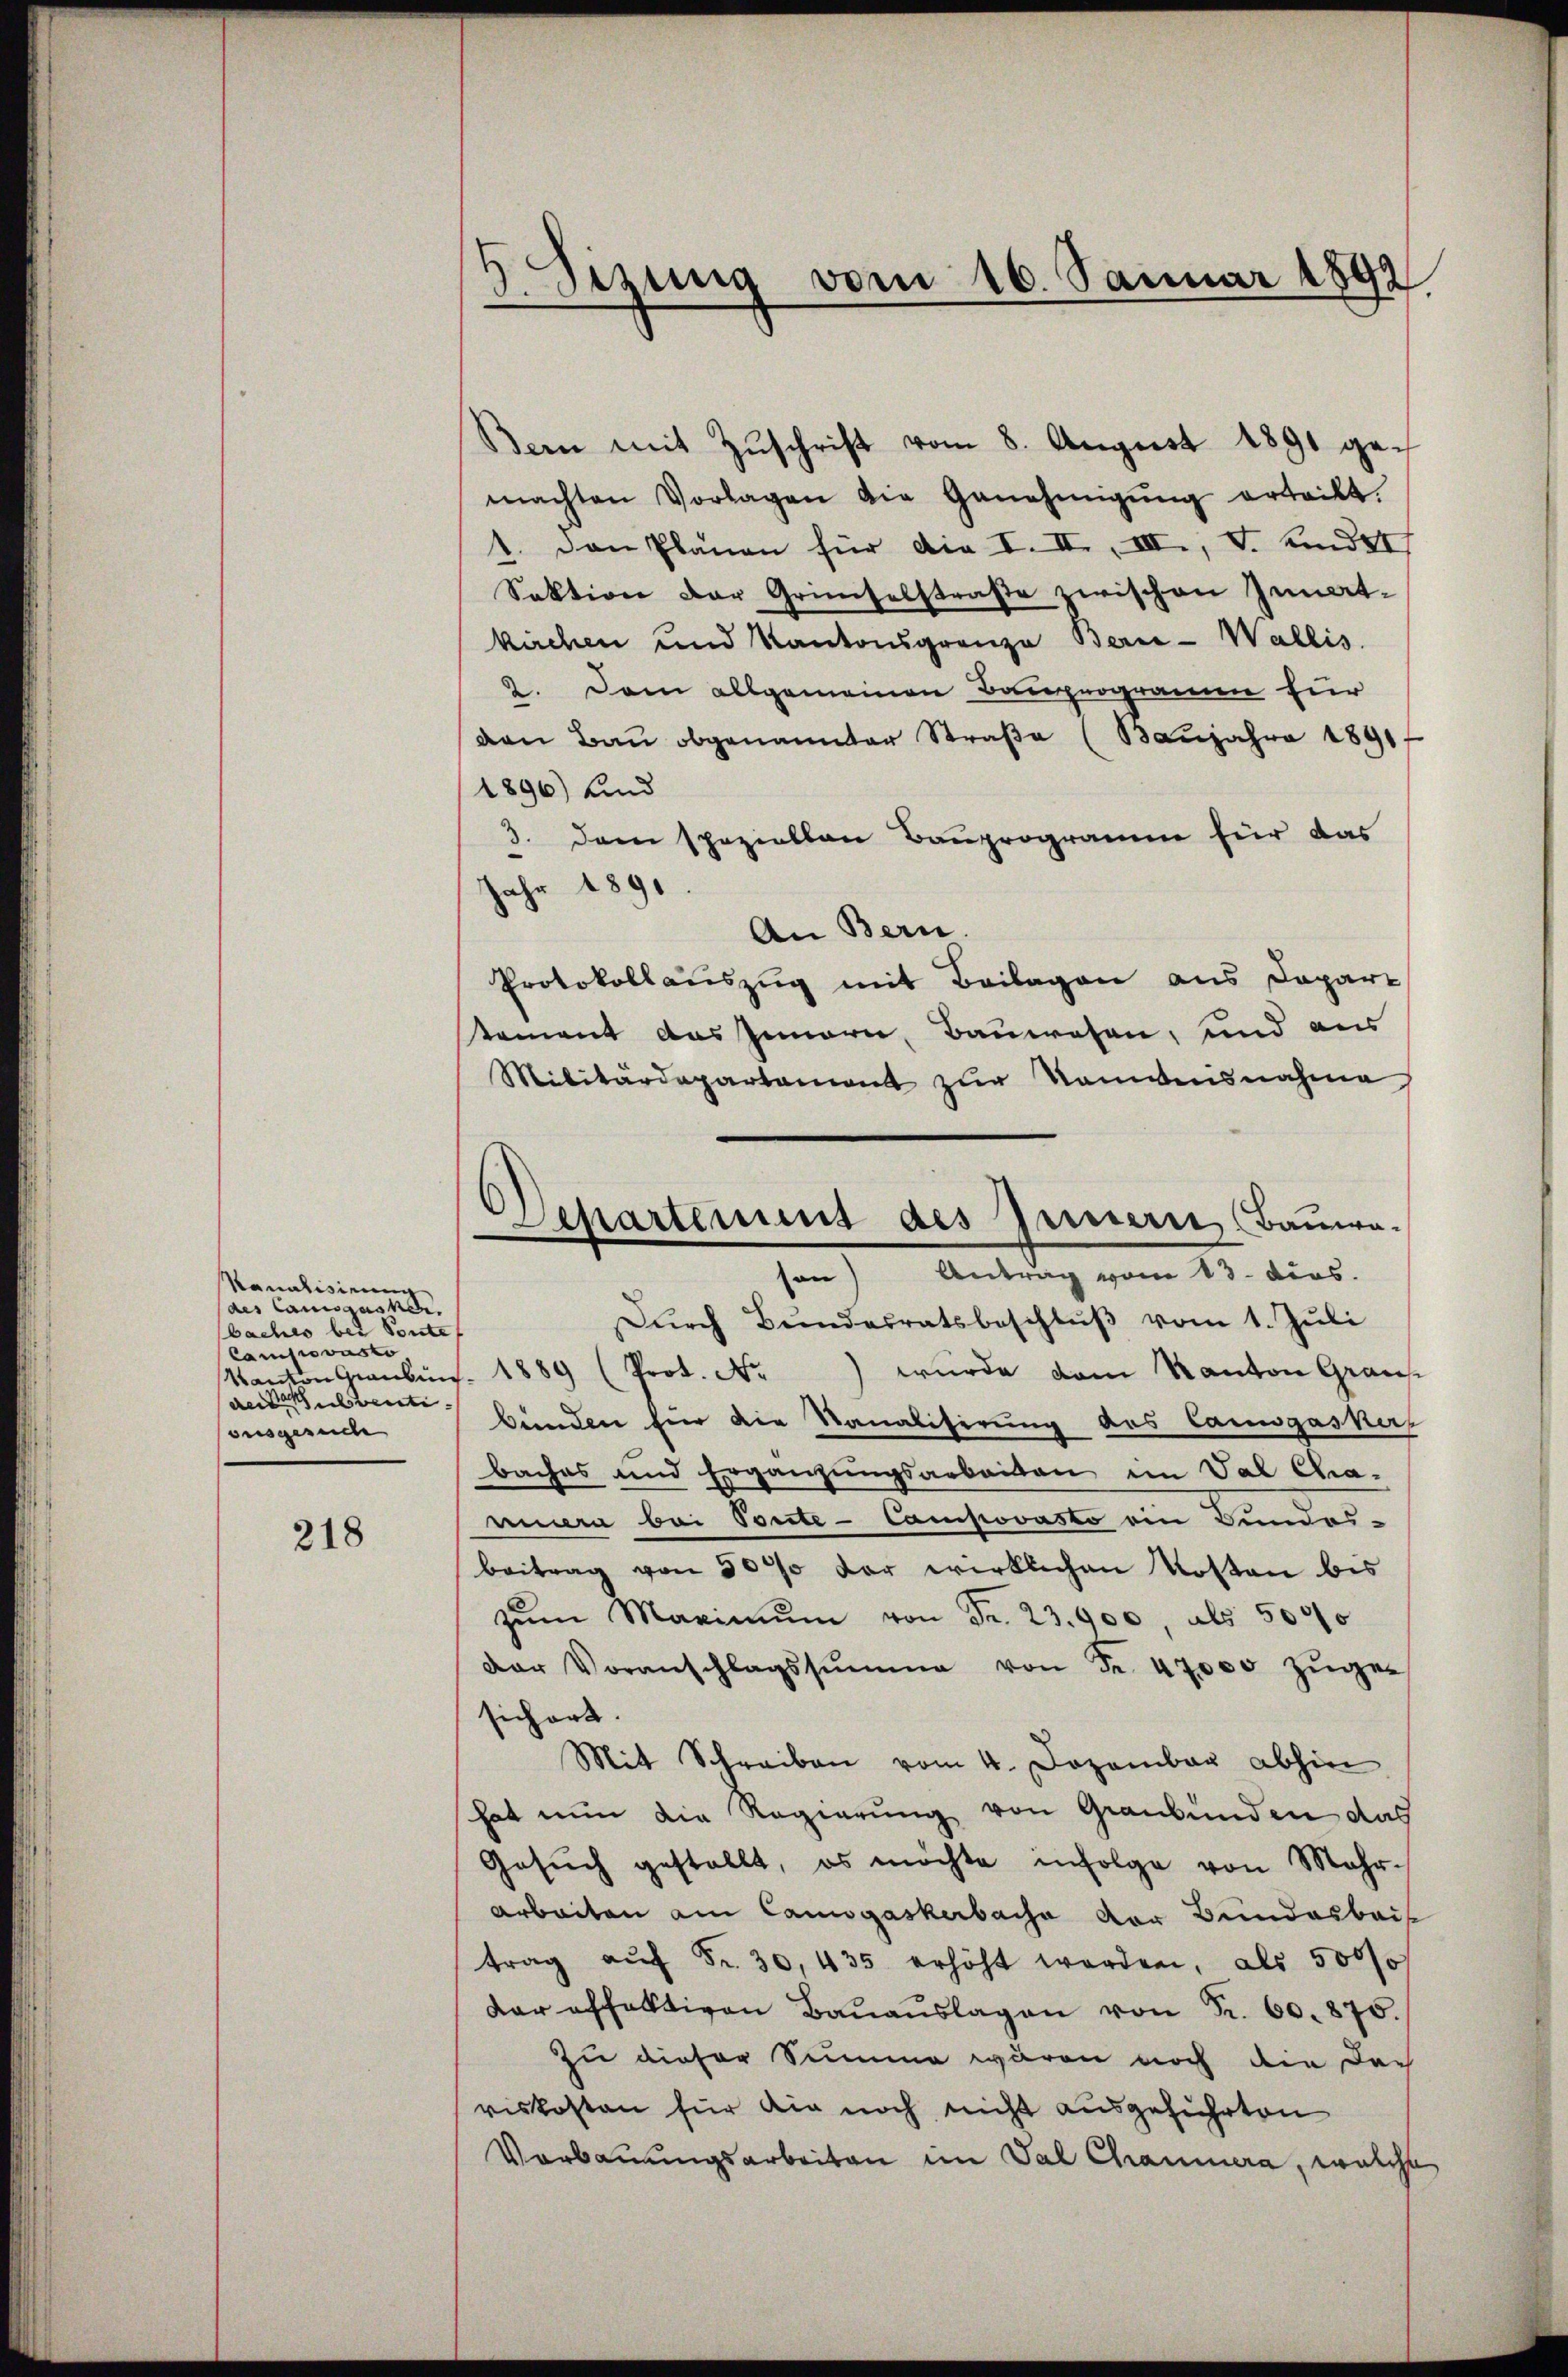
Kanalisirung
des Camisausne
baches bei Ponte
Campovasto
aeubventi
ausgesuche

218

5 Sizung vom 16. Januar 1892

Bern mit Zŭschrift vom 8. August 1891 gemachten Vorlagen die Genehmigŭng erteilt.
1. Den Plänen für die I. II., III., V. und
Sektion der Gründelstraße zwischen Innat-
kirchen und Kantonsgrenze Berie-Wallis.
2. Dem allgemeinen Bauprogramm für
van Bau obgenannter Straβe (Baŭjahre 1891
1896) und
3. Dann speziellen Bauprogramm für das
Jahr 1891
An Bern.
Protokollauszug mit Beilagen aus Dapare
tement das Innern, Bauwesen, und aus
Militärdepartament zŭr Nominisnahme,
Dŭrch Bŭndesratsbeschlŭβ vom 1. Jŭli
Kanton Graubüns. 1889 (Prot. No) wurde vom Kanton Graus-
bunden für die Sanalisierung des Canogaskas
baches und Ergänzungsarbeiten im Val Cha-
unnern bei Ponte- Campovasto ein Bundes-
beitrag von 30% der wirklichen Kosten bis
zŭm Maximŭm von Fr. 23. 900, als 5000
der Voranschlagssumme von Fr. 47000 zŭger
sichert.
Mit Schreiben vom 4. Dezember abhin
hat nun die Regierung von Graubünden das
Gesŭch gestellt, es möchte infolge von Mehr-
Arbeiten am Canogaskerbache der Bundarbei
trag aŭf Fr. 30, 435 erhöht worden, als 5000f
dar offektiven Baŭaŭslagen von Fr. 60. 875.
Zu dieser Summe waren noch die Dac
riskosten für die noch nicht ausgeführten
Vorbauungsarbeiten im Val Chammera, welche

Separtinius des Innern, Bauwa-
—
Antrag vom 13. Dies
an